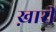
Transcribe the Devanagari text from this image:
ख़ारी